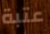
عتبة